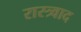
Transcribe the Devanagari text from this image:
रास्त्र्वाद